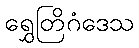
ရွှေတြိဂံဒေသ